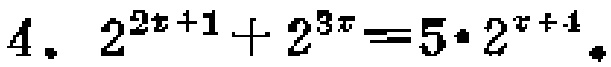
\(4.\ 2^{2x + 1}+2^{3x}=5\cdot2^{x + 1}\)